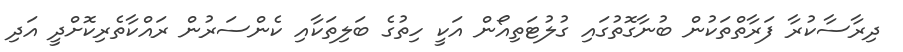
ދިރާސާކުރާ ފަރާތްތަކުން ބުނާގޮތުގައި ގުލުޓަތިއޯން އަކީ ހިތުގެ ބަލިތަކާއި ކެންސަރުން ރައްކާތެރިކޮށްދީ އަދި